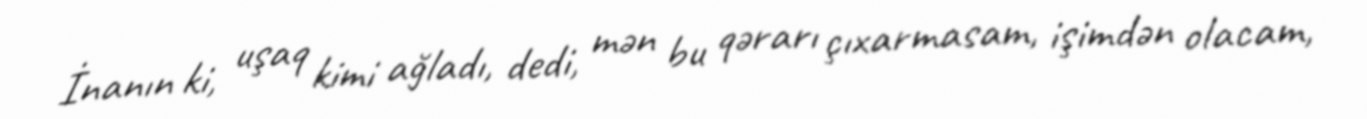
İnanın ki, uşaq kimi ağladı, dedi, mən bu qərarı çıxarmasam, işimdən olacam,